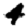
Digit: 4